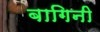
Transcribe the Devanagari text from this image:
बागिनी